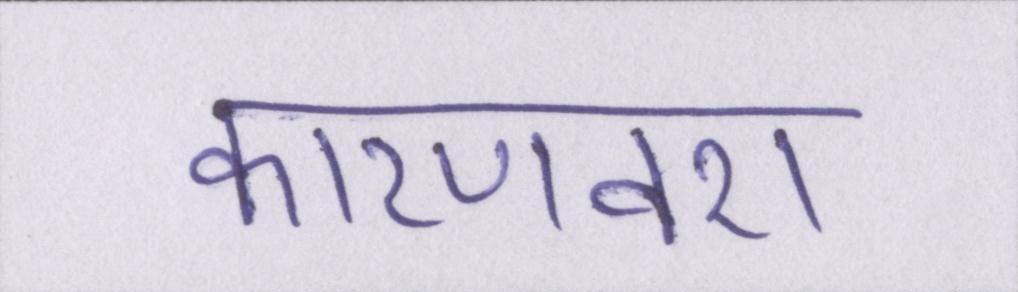
कारणवश